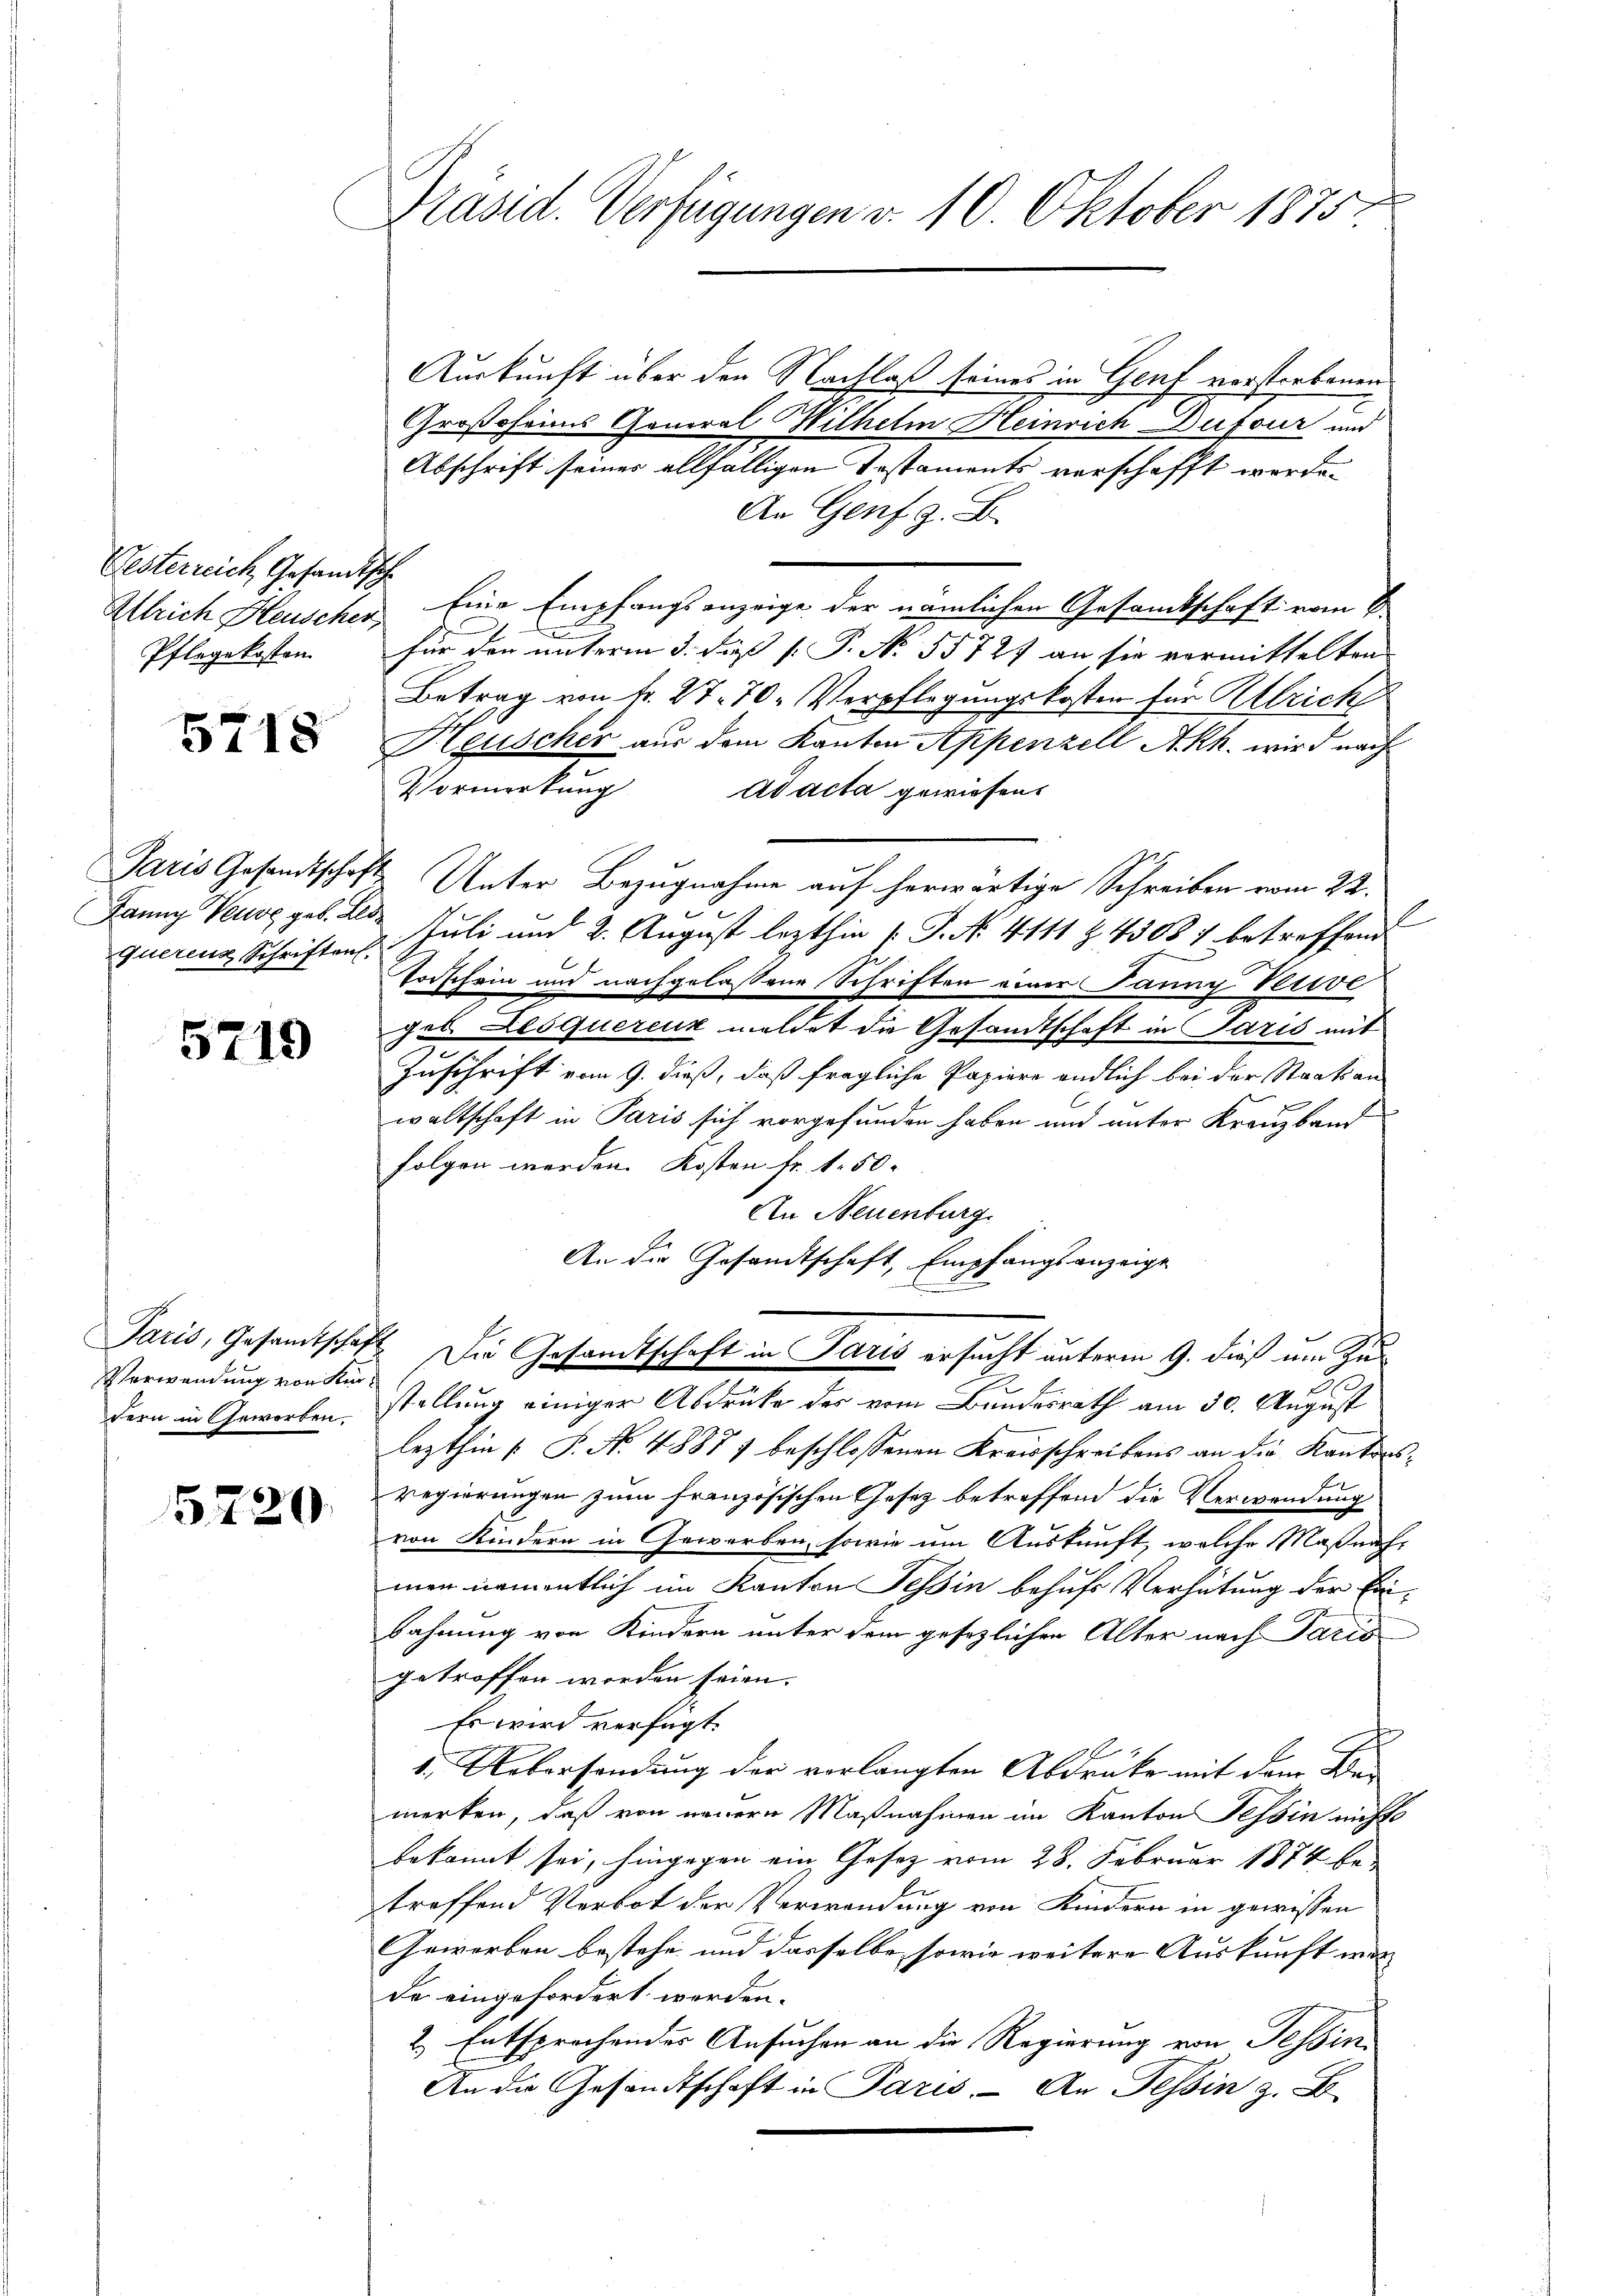
Westerreich, Gesandtsch
Pflegekosten

5718

Fanny Veuve geb. Elde
Querenz Schriften.

5719

Verwendung von Kirdern in Gewerben.

5220

Präsid. Verfügungen d. 10. Oktober 1875.

Auskunft über der Nachlaß seines in Genf verstorbenen
Großoheims General Wilhelm Heinrich Dufour und
Abschrift seines allfälligen Testaments verschafft werden
An Genf. G. B.
Ullrich Heuscher Eine Empfangsanzeige der nämlichen Gesamtschaft vom 6.
e
x
für den unterm 3. dieß P. No. 55727 an sie vormittelten
Betrag von fr. 27. 70. Verpflegungskosten für Allrich
Heuscher aus dem Kanton Appenzell Akh. wird nach
Vormerkung ad acta gewiesen.
Paris Gesandtschaft Unter Bezugnahme auf herwärtige Schreiben vom 22.
l
Juli und 2. August lezthin 1. P. Nr. 4111 § 43087 betreffend
Todschein und nachgelassene Schriften einer Paung Verive
gel. Lesquerenz meldet die Gesandtschaft in Paris mit
Zuschrift vom 9. dieß, daß fragliche Papiere endlich bei der Staatsan-
nmenge
waltschaft in Paris sich vorgefunden haben und unter Kreuzband
folgen werden. Kosten Fr. 1. 50.
An Neuenburg.
An die Gesandtschaft, Empfangsanzeige
Paris, Gesamtschaft. Die Gesamtschaft in Paris ersucht unterm 9. dieß um Zud
stellung einiger Abdrucke des vom Bundesrath am 30. August
lezthin [ P. Nr. 48877 beschlossenen Kreisschreibens an die Kantonsregierungen zum französischen Gesetz betreffend die Verwendung
von Kindern in Geworben, sowie um Auskunft, welche Maßnahmen namentlich im Kanton Tessin behufs Verhatung der Einbahnung von Kindern unter dem gesezlichen Alter nach Paris
getroffen worden seien.
Es wird verfügt:
1. Uebersendung der verlangten Abdrücke mit dem Bei
merken, daß von neuern Maßnahmen im Kanton Tessin nichts
bekannt sei, hingegen ein Gesetz vom 28. Februar 1874 betroffend Verbot der Verwendung von Kindern in gewissen
Geworben bestehe und dasselbe, sowie weitere Auskunft wie |
de eingefordert werden.
2) Entsprechendes Ansuchen an die Regierung von Tessin
An die Gesandtschaft in Paris - An Tessin z. B.